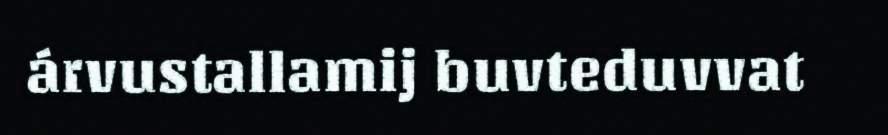
árvustallamij buvteduvvat